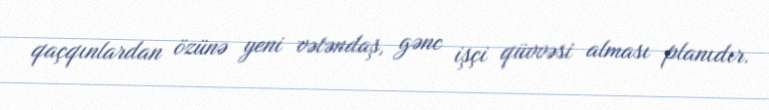
qaçqınlardan özünə yeni vətəndaş, gənc işçi qüvvəsi alması planıdır.